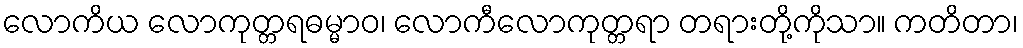
လောကိယ လောကုတ္တရဓမ္မာဝ၊ လောကီလောကုတ္တရာ တရားတို့ကိုသာ။ ကတိတာ၊